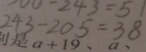
2 4 3 - 2 0 5 = 3 8